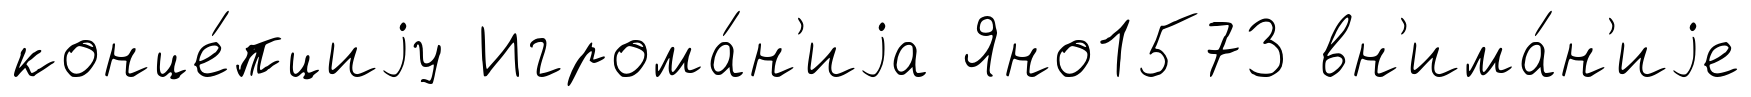
конце́пциjу Игрома́н'иjа Яно1573 вн'има́н'иjе